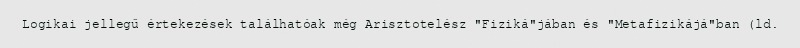
Logikai jellegű értekezések találhatóak még Arisztotelész "Fiziká"jában és "Metafizikájá"ban (ld.